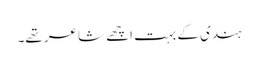
ہندی کے بہت اچھے شاعر تھے۔